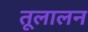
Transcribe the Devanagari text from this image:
तूलालन